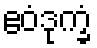
ဧဝံဒုက္ခံ